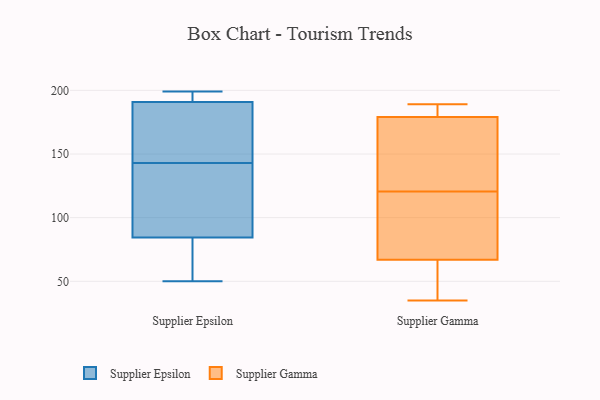
{"axis": {"x": "Temperature (°C)", "y": "Value"}, "legend": ["Supplier Epsilon", "Supplier Gamma"], "data": [{"x": "", "y": 143, "type": "Supplier Epsilon"}, {"x": "", "y": 198, "type": "Supplier Epsilon"}, {"x": "", "y": 193, "type": "Supplier Epsilon"}, {"x": "", "y": 158, "type": "Supplier Epsilon"}, {"x": "", "y": 107, "type": "Supplier Epsilon"}, {"x": "", "y": 53, "type": "Supplier Epsilon"}, {"x": "", "y": 199, "type": "Supplier Epsilon"}, {"x": "", "y": 178, "type": "Supplier Epsilon"}, {"x": "", "y": 89, "type": "Supplier Epsilon"}, {"x": "", "y": 62, "type": "Supplier Epsilon"}, {"x": "", "y": 190, "type": "Supplier Epsilon"}, {"x": "", "y": 50, "type": "Supplier Epsilon"}, {"x": "", "y": 191, "type": "Supplier Epsilon"}, {"x": "", "y": 83, "type": "Supplier Epsilon"}, {"x": "", "y": 133, "type": "Supplier Epsilon"}, {"x": "", "y": 84, "type": "Supplier Gamma"}, {"x": "", "y": 184, "type": "Supplier Gamma"}, {"x": "", "y": 116, "type": "Supplier Gamma"}, {"x": "", "y": 69, "type": "Supplier Gamma"}, {"x": "", "y": 51, "type": "Supplier Gamma"}, {"x": "", "y": 65, "type": "Supplier Gamma"}, {"x": "", "y": 35, "type": "Supplier Gamma"}, {"x": "", "y": 189, "type": "Supplier Gamma"}, {"x": "", "y": 153, "type": "Supplier Gamma"}, {"x": "", "y": 181, "type": "Supplier Gamma"}, {"x": "", "y": 125, "type": "Supplier Gamma"}, {"x": "", "y": 177, "type": "Supplier Gamma"}]}